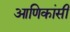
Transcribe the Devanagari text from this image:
आणिकांसी